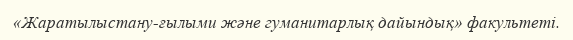
«Жаратылыстану-ғылыми және гуманитарлық дайындық» факультеті.